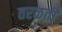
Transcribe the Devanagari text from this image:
तरळती